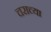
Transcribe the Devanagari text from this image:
चराच्या